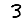
Digit: 3